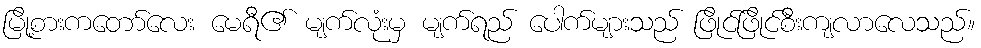
မြို့စားကတော်လေး မေရီ၏ မျက်လုံးမှ မျက်ရည် ပေါက်များသည် ဖြိုင်ဖြိုင်စီးကျလာလေသည်။